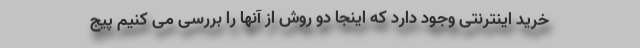
خرید اینترنتی وجود دارد که اینجا دو روش از آنها را بررسی می کنیم پیج